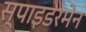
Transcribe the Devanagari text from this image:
स्पाइडरमेन